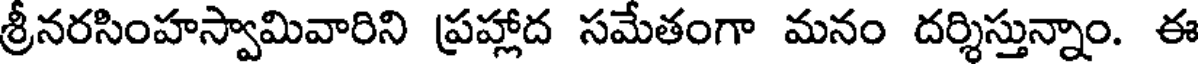
శ్రీనరసింహస్వామివారిని ప్రహ్లాద సమేతంగా మనం దర్శిస్తున్నాం. ఈ